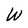
Character: W